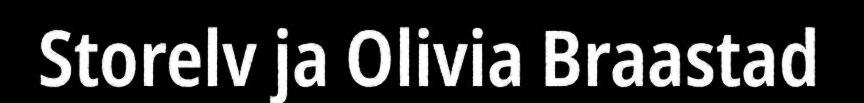
Storelv ja Olivia Braastad